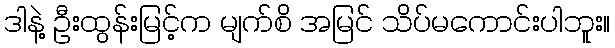
ဒါနဲ့ ဦးထွန်းမြင့်က မျက်စိ အမြင် သိပ်မကောင်းပါဘူး။